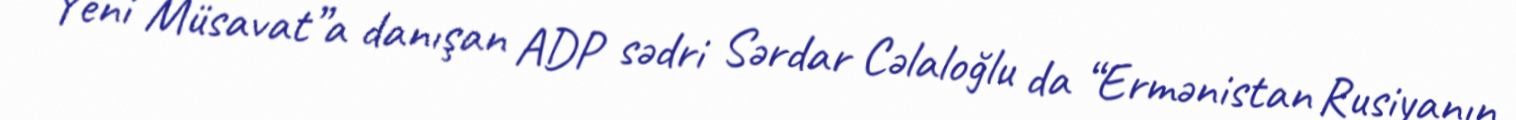
“Yeni Müsavat”a danışan ADP sədri Sərdar Cəlaloğlu da “Ermənistan Rusiyanın